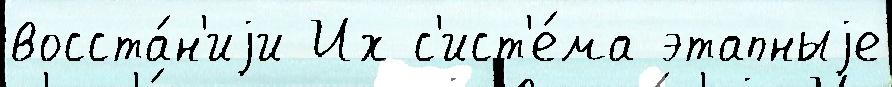
восста́н'иjи Их с'ист'е́ма этапныjе